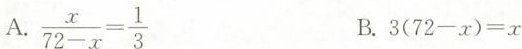
A.$$\frac { x } { 7 2 - x } = \frac { 1 } { 3 }$$ B.$$3 ( 7 2 - x ) = x$$